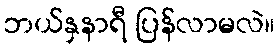
ဘယ်နှနာရီ ပြန်လာမလဲ။